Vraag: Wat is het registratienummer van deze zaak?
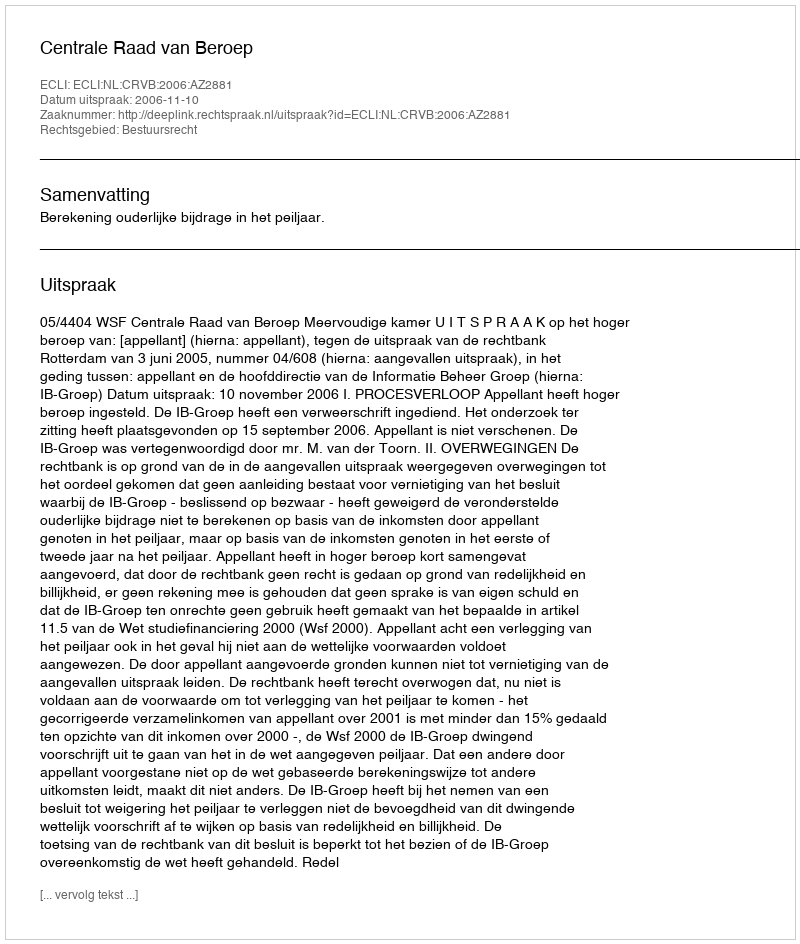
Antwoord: http://deeplink.rechtspraak.nl/uitspraak?id=ECLI:NL:CRVB:2006:AZ2881